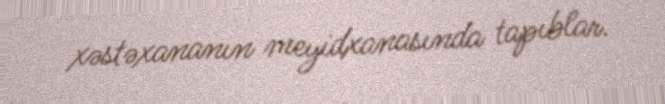
xəstəxananın meyidxanasında tapıblar.